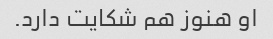
او هنوز هم شکایت دارد.